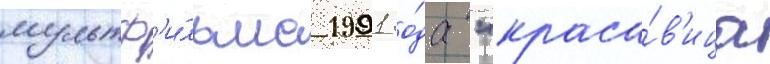
мультф'и́льма 1991 го́да "краса́в'ица